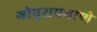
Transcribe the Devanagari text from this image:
गोपुराप्रमाणे